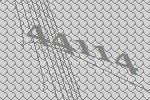
44114